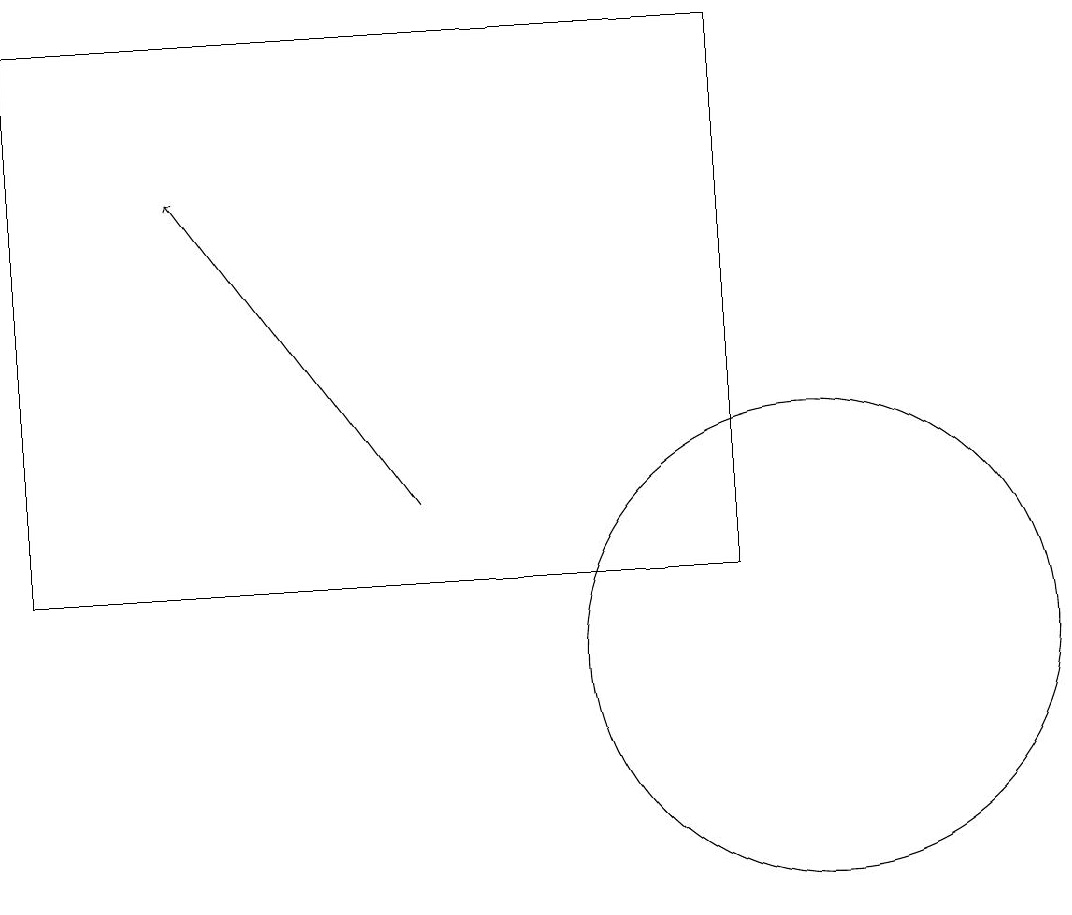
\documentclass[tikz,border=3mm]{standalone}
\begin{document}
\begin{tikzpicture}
\draw[->] (5,13) -- (2,17);
\draw (10,11) circle (3);
\draw (0,19) rectangle (9,12);
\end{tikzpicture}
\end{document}